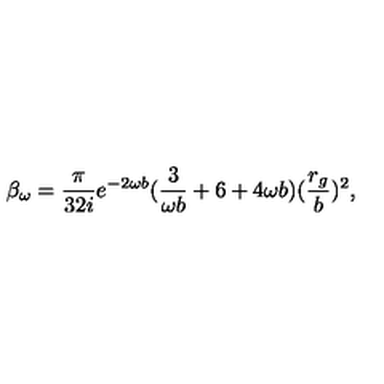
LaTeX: \beta _ { \omega } = \frac { \pi } { 3 2 i } e ^ { - 2 \omega b } ( \frac { 3 } { \omega b } + 6 + 4 \omega b ) ( \frac { r _ { g } } { b } ) ^ { 2 } ,